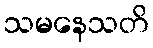
သမနေသတိ